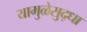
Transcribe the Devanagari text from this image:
यामुळेसुद्धा